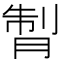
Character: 𦜗